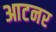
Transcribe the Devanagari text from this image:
आटनर